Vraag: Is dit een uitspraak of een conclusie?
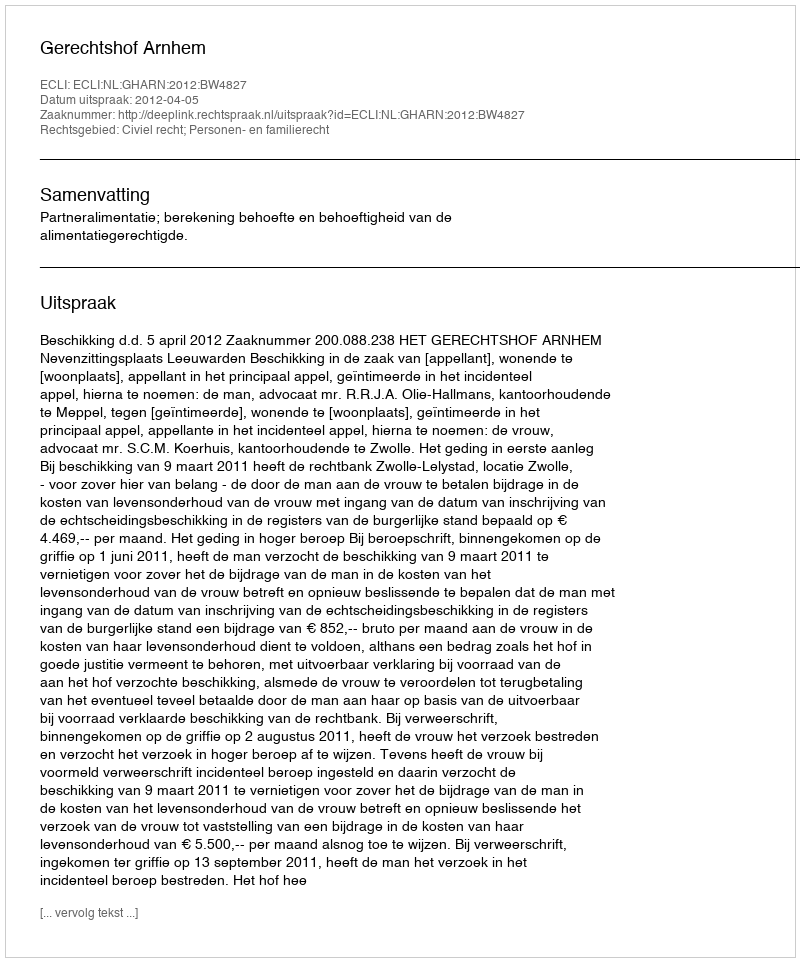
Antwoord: Uitspraak